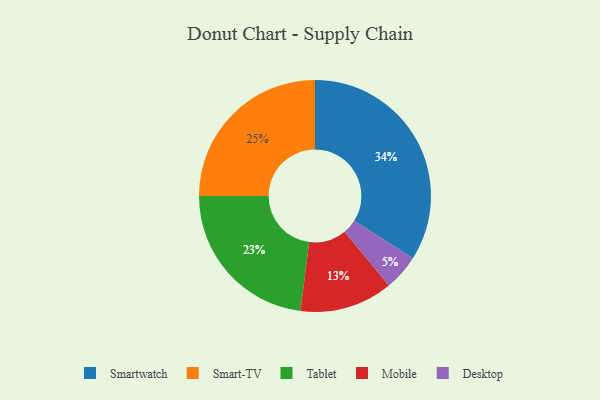
{"axis": {"x": "Category", "y": "Percentage"}, "legend": ["Desktop", "Mobile", "Smart-TV", "Smartwatch", "Tablet"], "data": [{"x": "Desktop", "y": 5, "type": "Desktop"}, {"x": "Smart-TV", "y": 25, "type": "Smart-TV"}, {"x": "Tablet", "y": 23, "type": "Tablet"}, {"x": "Smartwatch", "y": 34, "type": "Smartwatch"}, {"x": "Mobile", "y": 13, "type": "Mobile"}]}